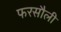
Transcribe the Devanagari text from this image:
फरसौली